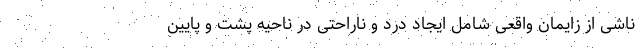
ناشی از زایمان واقعی شامل ایجاد درد و ناراحتی در ناحیه پشت و پایین